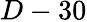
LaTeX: D-30